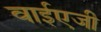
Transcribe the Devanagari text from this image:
वाईएजी